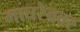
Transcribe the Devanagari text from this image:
माघरेबवर